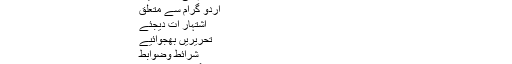
اُردو گرام کی سرگرمیاں
اُردو گرام سے متعلق
اشتہار ات دیجئے
تحریریں بھجوائیے
شرائط وضوابط
تمام اشاعت کے جملہ حقوق بحق ادارہ اُردو گرام محفوظ ہیں۔